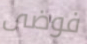
فوضى